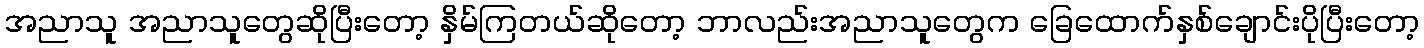
အညာသူ အညာသူတွေဆိုပြီးတော့ နှိမ်ကြတယ်ဆိုတော့ ဘာလည်းအညာသူတွေက ခြေထောက်နှစ်ချောင်းပိုပြီးတော့